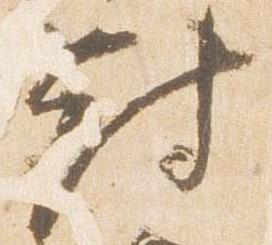
対